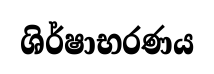
ශිර්ෂාභරණය